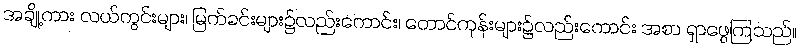
အချို့ကား လယ်ကွင်းများ၊ မြက်ခင်းများ၌လည်းကောင်း၊ တောင်ကုန်းများ၌လည်းကောင်း အစာ ရှာဖွေကြသည်။